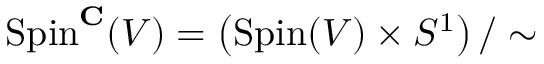
\operatorname { S p i n } ^ { \mathbf { C } } ( V ) = \left( \operatorname { S p i n } ( V ) \times S ^ { 1 } \right) / \sim